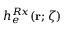
h _ { e } ^ { R x } ( { \bf r } ; \zeta )